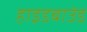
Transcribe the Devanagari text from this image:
हाइडबाउंड